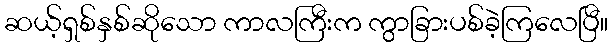
ဆယ့်ရှစ်နှစ်ဆိုသော ကာလကြီးက ကွာခြားပစ်ခဲ့ကြလေပြီ။